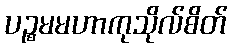
ပဉ္စမမဟာကုသိုလ်စိတ်